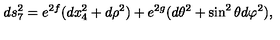
d s _ { 7 } ^ { 2 } = e ^ { 2 f } ( d x _ { 4 } ^ { 2 } + d \rho ^ { 2 } ) + e ^ { 2 g } ( d \theta ^ { 2 } + \sin ^ { 2 } \theta d \varphi ^ { 2 } ) ,